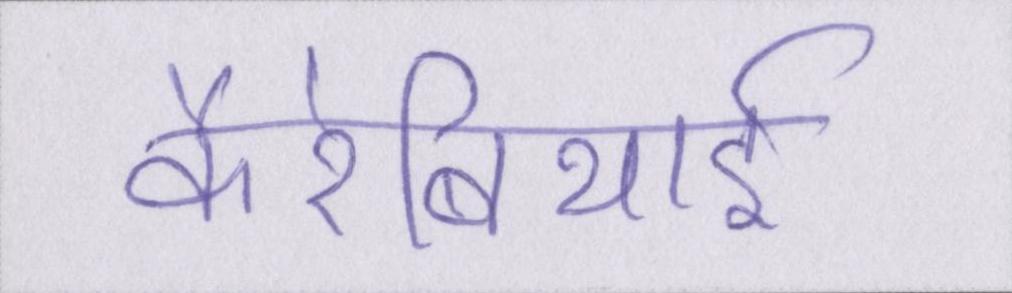
कैरेबियाई